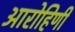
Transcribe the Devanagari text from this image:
आरोहिणी